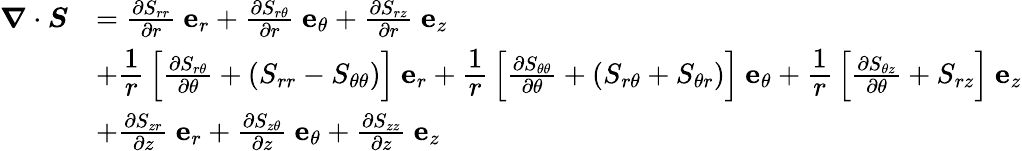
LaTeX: {\begin{array}{rl}{{\boldsymbol{\nabla}}\cdot{\boldsymbol{S}}}&{={\frac{\partial S_{rr}}{\partial r}}~\mathbf{e}_{r}+{\frac{\partial S_{r\theta}}{\partial r}}~\mathbf{e}_{\theta}+{\frac{\partial S_{rz}}{\partial r}}~\mathbf{e}_{z}}\\ &{+{\cfrac{1}{r}}\left[{\frac{\partial S_{r\theta}}{\partial\theta}}+(S_{rr}-S_{\theta\theta})\right]~\mathbf{e}_{r}+{\cfrac{1}{r}}\left[{\frac{\partial S_{\theta\theta}}{\partial\theta}}+(S_{r\theta}+S_{\theta r})\right]~\mathbf{e}_{\theta}+{\cfrac{1}{r}}\left[{\frac{\partial S_{\theta z}}{\partial\theta}}+S_{rz}\right]~\mathbf{e}_{z}}\\ &{+{\frac{\partial S_{zr}}{\partial z}}~\mathbf{e}_{r}+{\frac{\partial S_{z\theta}}{\partial z}}~\mathbf{e}_{\theta}+{\frac{\partial S_{zz}}{\partial z}}~\mathbf{e}_{z}}\end{array}}